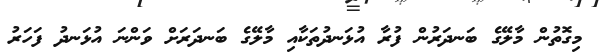
މިގޮތުން މާލޭގެ ބަނދަރުން ފުރާ އުޅަނދުތަކާއި މާލޭގެ ބަނދަރަށް ވަންނަ އުޅަނދު ފަހަރު